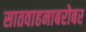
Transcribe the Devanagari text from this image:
सातवाहनाबरोबर